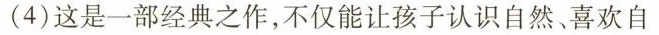
(4)这是一部经典之作，不仅能让孩子认识自然、喜欢自